Annual report of the Imperial Bacteriologist
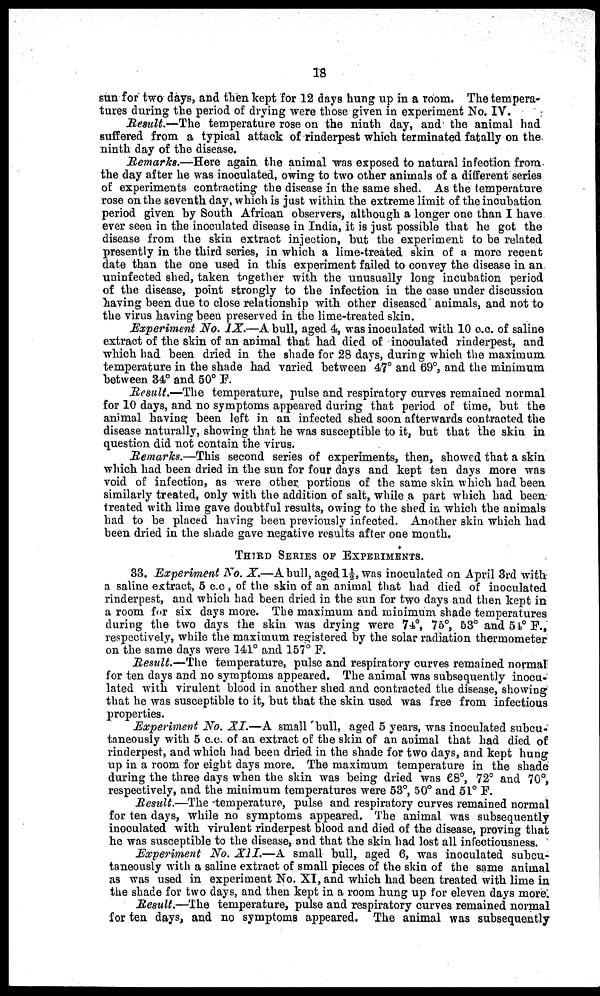
18
sun for two days, and then kept for 12 days hung up in a room. The tempera-
tures during the period of drying were those given in experiment No. IV.
Result.—The temperature rose on the ninth day, and the animal had
suffered from a typical attack of rinderpest which terminated fatally on the
ninth day of the disease.
Remarks.—Here again the animal was exposed to natural infection from
the day after he was inoculated, owing to two other animals of a different series
of experiments contracting the disease in the same shed. As the temperature
rose on the seventh day, which is just within the extreme limit of the incubation
period given by South African observers, although a longer one than I have
ever seen in the inoculated disease in India, it is just possible that he got the
disease from the skin extract injection, but the experiment to be related
presently in the third series, in which a lime-treated skin of a more recent
date than the one used in this experiment failed to convey the disease in an
uninfected shed, taken together with the unusually long incubation period
of the disease, point strongly to the infection in the case under discussion
having been due to close relationship with other diseased animals, and not to
the virus having been preserved in the lime-treated skin.
Experiment No. IX.—A bull, aged 4, was inoculated with 10 c.c. of saline
extract of the skin of an animal that had died of inoculated rinderpest, and
which had been dried in the shade for 28 days, during which the maximum
temperature in the shade had varied between 47° and 69°, and the minimum
between 34° and 50° F.
Result.—The temperature, pulse and respiratory curves remained normal
for 10 days, and no symptoms appeared during that period of time, but the
animal having been left in an infected shed soon afterwards contracted the
disease naturally, showing that he was susceptible to it, but that the skin in
question did not contain the virus.
Remarks.—This second series of experiments, then, showed that a skin
which had been dried in the sun for four days and kept ten days more was
void of infection, as were other, portions of the same skin which had been
similarly treated, only with the addition of salt, while a part which had been
treated with lime gave doubtful results, owing to the shed in which the animals
had to be placed having been previously infected. Another skin which had
been dried in the shade gave negative results after one month.
THIRD SERIES OF EXPERIMENTS.
33. Experiment No. X.—A bull, aged 1½, was inoculated on April 3rd with
a saline extract, 5 c.c, of the skin of an animal that had died of inoculated
rinderpest, and which had been dried in the sun for two days and then kept in
a room for six days more. The maximum and minimum shade temperatures
during the two days the skin was drying were 74°, 75°, 53° and 54° F.,
respectively, while the maximum registered by the solar radiation thermometer
on the same days were 141° and 157° F.
Result.—The temperature, pulse and respiratory curves remained normal
for ten days and no symptoms appeared. The animal was subsequently inocu-
lated with virulent blood in another shed and contracted the disease, showing
that he was susceptible to it, but that the skin used was free from infectious
properties.
Experiment No. XI.—A small bull, aged 5 years, was inoculated subcu¬
taneously with 5 c.c. of an extract of the skin of an animal that had died of
rinderpest, and which had been dried in the shade for two days, and kept hung
up in a room for eight days more. The maximum temperature in the shade
during the three days when the skin was being dried was 68°, 72° and 70°,
respectively, and the minimum temperatures were 53°, 50° and 51° F.
Result.—The -temperature, pulse and respiratory curves remained normal
for ten days, while no symptoms appeared. The animal was subsequently
inoculated with virulent rinderpest blood and died of the disease, proving that
he was susceptible to the disease, and that the skin had lost all infectiousness.
Experiment No. XII.—A small bull, aged 6, was inoculated subcu¬
taneously with a saline extract of small pieces of the skin of the same animal
as was used in experiment No. XI, and which had been treated with lime in
the shade for two days, and then kept in a room hung up for eleven days more.
Result.—The temperature, pulse and respiratory curves remained normal
for ten days, and no symptoms appeared. The animal was subsequently